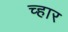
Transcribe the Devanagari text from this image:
च्हार